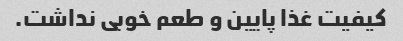
کیفیت غذا پایین و طعم خوبی نداشت.